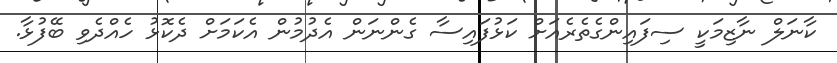
ކާނަލް ނާޒިމަކީ ސިފައިންގެތެރެއަށް ކަޅުފައިސާ ގެންނަން އެދުމުން އެކަމަށް ދެކޮޅު ހެއްދެވި ބޭފުޅާ.